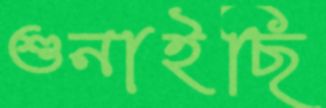
শুনাইছি